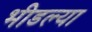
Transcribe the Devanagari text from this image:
भीडल्या